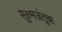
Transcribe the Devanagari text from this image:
सूक्ष्मजंतूचा